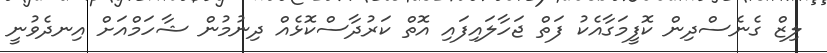
ލިޒް ގެނެސްދިން ކޮފީމަގާއެކު ފަތް ޖަހާލައިފައި އޮތް ކަރުދާސްކޮޅެއް ދިނުމުން ޝާހަމްއަށް އިނދެވުނީ